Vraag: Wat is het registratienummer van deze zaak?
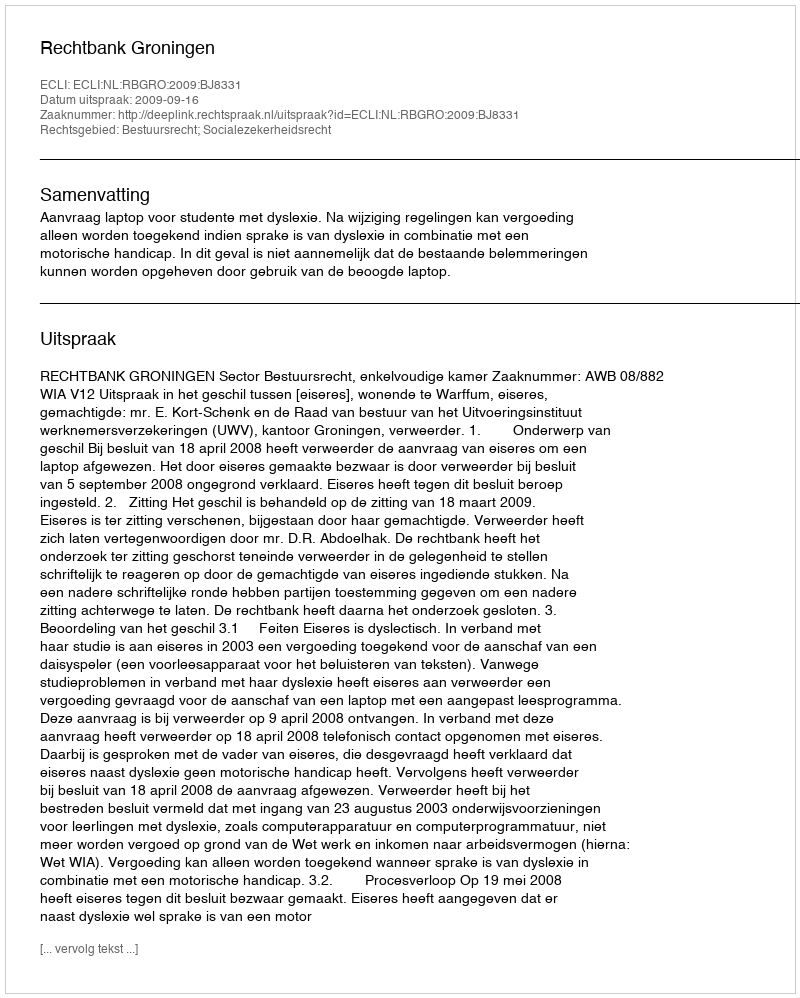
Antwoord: http://deeplink.rechtspraak.nl/uitspraak?id=ECLI:NL:RBGRO:2009:BJ8331